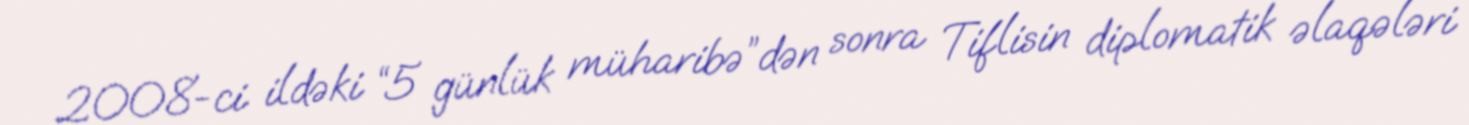
2008-ci ildəki “5 günlük müharibə”dən sonra Tiflisin diplomatik əlaqələri